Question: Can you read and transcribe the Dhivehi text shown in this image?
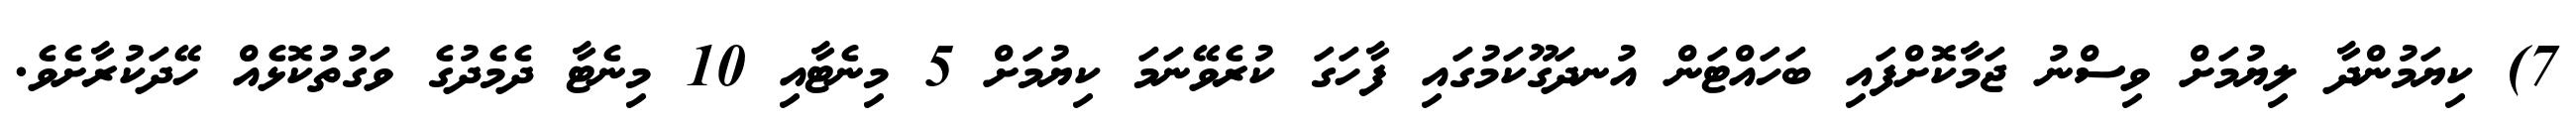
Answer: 7) ކިޔަމުންދާ ލިޔުމަށް ވިސްނު ޖަމާކޮށްފައި ބަހައްޓަން އުނދަގޫކަމުގައި ފާހަގަ ކުރެވޭނަމަ ކިޔުމަށް 5 މިނެޓާއި 10 މިނެޓާ ދެމެދުގެ ވަގުތުކޮޅެއް ހޭދަކުރާށެވެ.